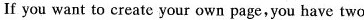
If you want to create your own page,you have two